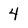
Character: 4